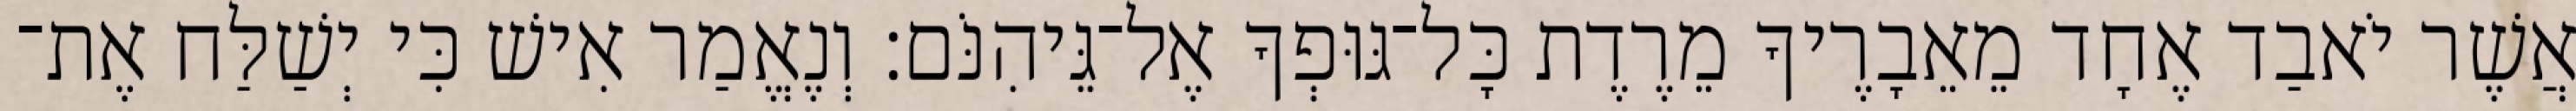
אֲשֶׁר יֹאבַד אֶחָד מֵאֵבָרֶיךָ מֵרֶדֶת כָּל־גּוּפְךָ אֶל־גֵּיהִנֹּם׃ וְנֶאֱמַר אִישׁ כִּי יְשַׁלַּח אֶת־